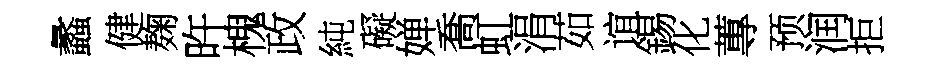
蠡健麹旿槐政純礙婵喬虹涓茹谊錫化蓴预润拒